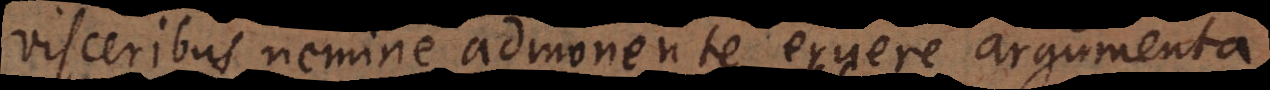
visceribus nemine admonente eruere argumenta